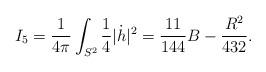
LaTeX: \begin{align*}I_5 = \frac{1}{4\pi}\int_{S^2} \frac{1}{4}|\dot h|^2 = \frac{11}{144} B - \frac{R^2}{432}. \end{align*}